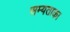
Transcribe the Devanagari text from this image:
सम्यताका